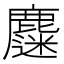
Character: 𪋗